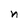
Character: n